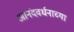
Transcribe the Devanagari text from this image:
आनंदवर्धनाच्या